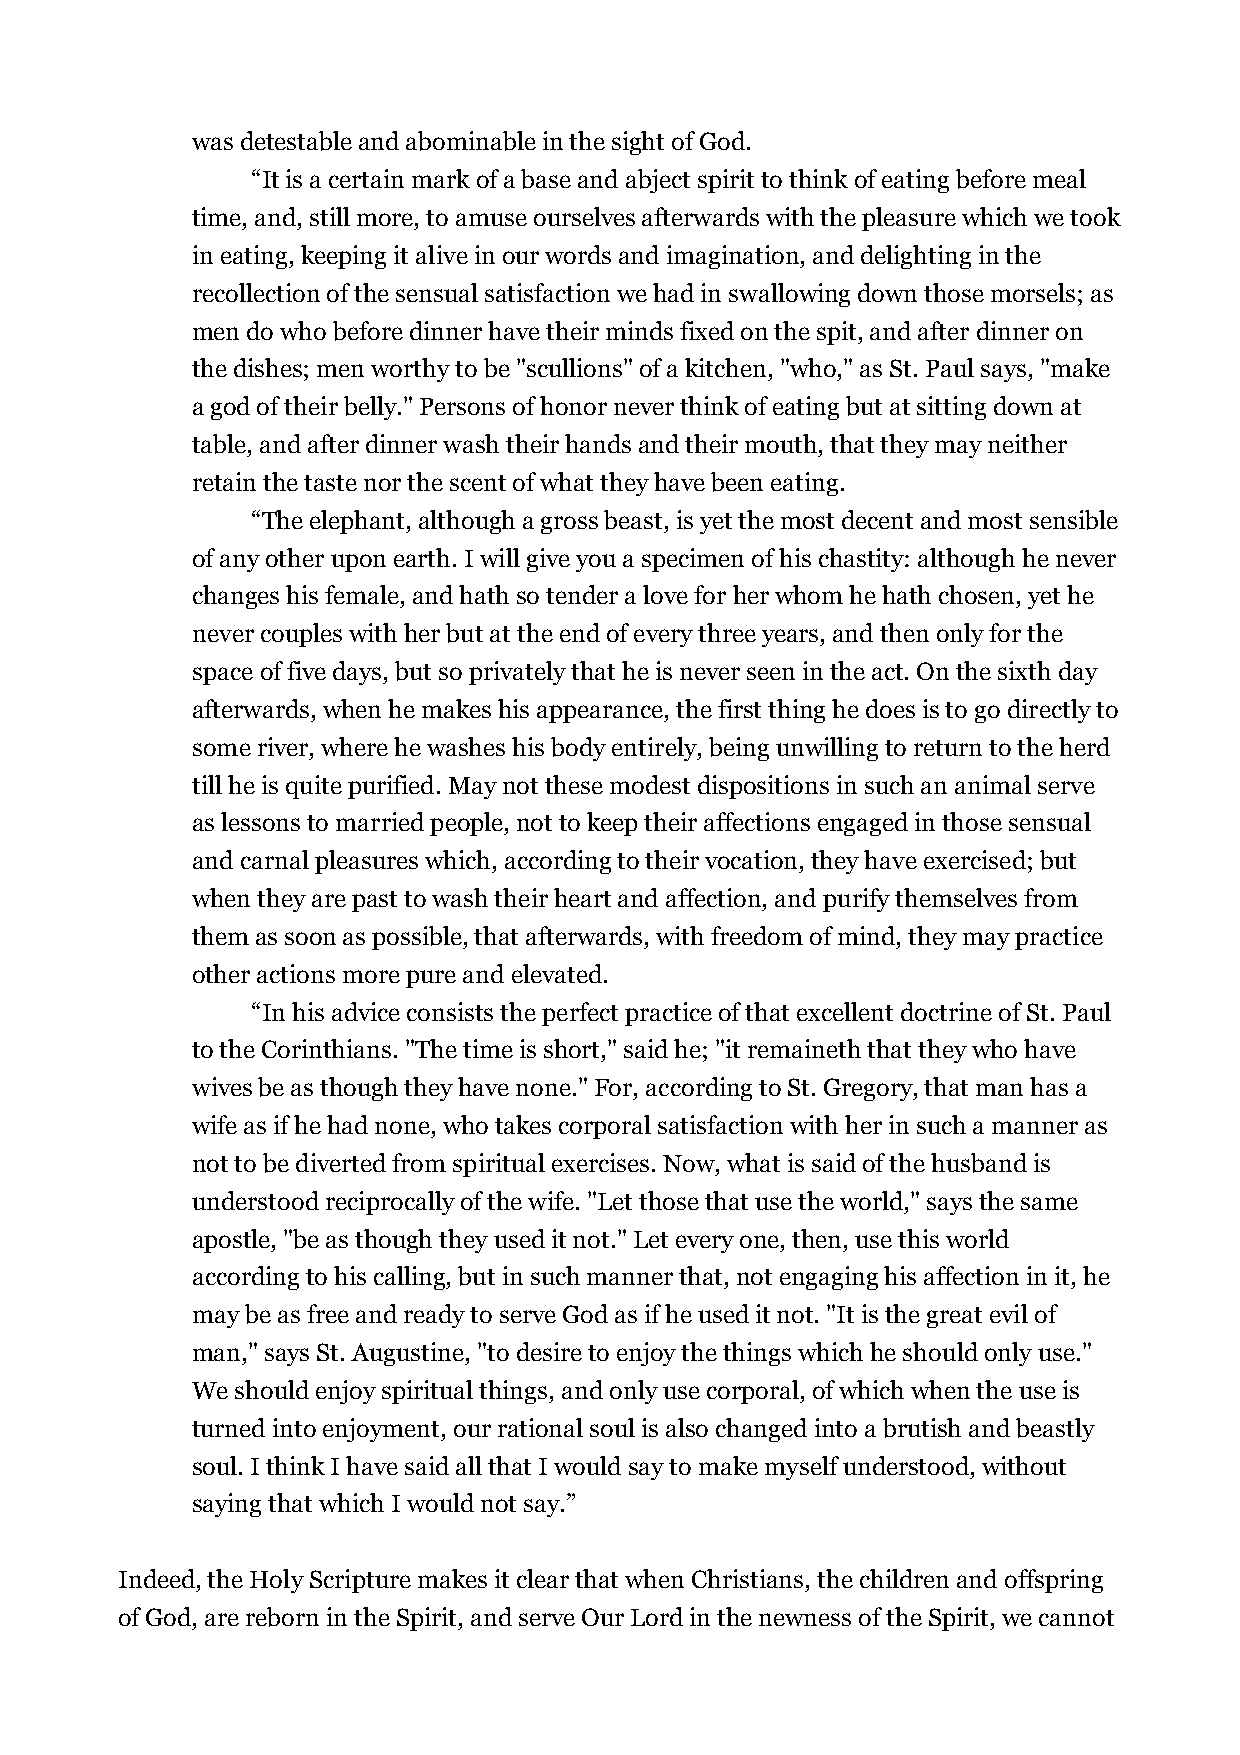
was detestable and abominable in the sight of God.
 “It is a certain mark of a base and abject spirit to think of eating before meal
 time, and, still more, to amuse ourselves afterwards with the pleasure which we took
 in eating, keeping it alive in our words and imagination, and delighting in the
 recollection of the sensual satisfaction we had in swallowing down those morsels; as
 men do who before dinner have their minds fixed on the spit, and after dinner on
 the dishes; men worthy to be "scullions" of a kitchen, "who," as St. Paul says, "make
 a god of their belly." Persons of honor never think of eating but at sitting down at
 table, and after dinner wash their hands and their mouth, that they may neither
 retain the taste nor the scent of what they have been eating.
 “The elephant, although a gross beast, is yet the most decent and most sensible
 of any other upon earth. I will give you a specimen of his chastity: although he never
 changes his female, and hath so tender a love for her whom he hath chosen, yet he
 never couples with her but at the end of every three years, and then only for the
 space of five days, but so privately that he is never seen in the act. On the sixth day
 afterwards, when he makes his appearance, the first thing he does is to go directly to
 some river, where he washes his body entirely, being unwilling to return to the herd
 till he is quite purified. May not these modest dispositions in such an animal serve
 as lessons to married people, not to keep their affections engaged in those sensual
 and carnal pleasures which, according to their vocation, they have exercised; but
 when they are past to wash their heart and affection, and purify themselves from
 them as soon as possible, that afterwards, with freedom of mind, they may practice
 other actions more pure and elevated.
 “In his advice consists the perfect practice of that excellent doctrine of St. Paul
 to the Corinthians. "The time is short," said he; "it remaineth that they who have
 wives be as though they have none." For, according to St. Gregory, that man has a
 wife as if he had none, who takes corporal satisfaction with her in such a manner as
 not to be diverted from spiritual exercises. Now, what is said of the husband is
 understood reciprocally of the wife. "Let those that use the world," says the same
 apostle, "be as though they used it not." Let every one, then, use this world
 according to his calling, but in such manner that, not engaging his affection in it, he
 may be as free and ready to serve God as if he used it not. "It is the great evil of
 man," says St. Augustine, "to desire to enjoy the things which he should only use."
 We should enjoy spiritual things, and only use corporal, of which when the use is
 turned into enjoyment, our rational soul is also changed into a brutish and beastly
 soul. I think I have said all that I would say to make myself understood, without
 saying that which I would not say.”
 Indeed, the Holy Scripture makes it clear that when Christians, the children and offspring
 of God, are reborn in the Spirit, and serve Our Lord in the newness of the Spirit, we cannot